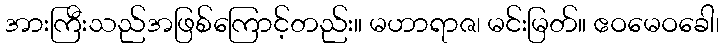
အားကြီးသည်အဖြစ်ကြောင့်တည်း။ မဟာရာဇ၊ မင်းမြတ်။ ဧဝမေဝခေါ၊